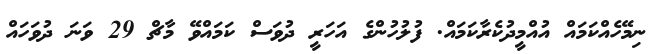
ނިމޭހެއްކަމައް އުއްމީދުކެރާކަމައް. ފުލުހުންގެ އަހަރީ ދުވަސް ކަމައްވޭ މާޗް 29 ވަނަ ދުވަހައް